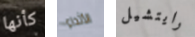
كأنها الأثداء رايتشيل